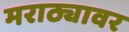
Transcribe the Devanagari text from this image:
मराठ्यावर